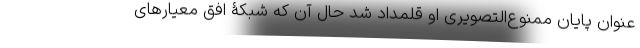
عنوان پایان ممنوع‌التصویری او قلمداد شد حال آن که شبکۀ افق معیارهای